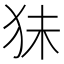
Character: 𰡃